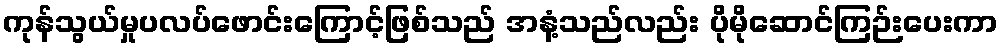
ကုန်သွယ်မှုပလပ်ဖောင်းကြောင့်ဖြစ်သည် အနံ့သည်လည်း ပိုမိုဆောင်ကြဉ်းပေးကာ